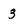
Character: 3